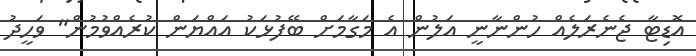
އޮޑިޓާ ޖެނެރަލެއް ހުންނާނީ އަލުން އެ މަގާމަށް ބޭފުޅަކު އައްޔަން ކުރެއްވުމުން" ވަހީދު